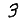
Digit: 3